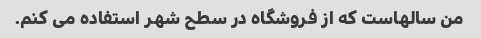
من سالهاست که از فروشگاه در سطح شهر استفاده می کنم.